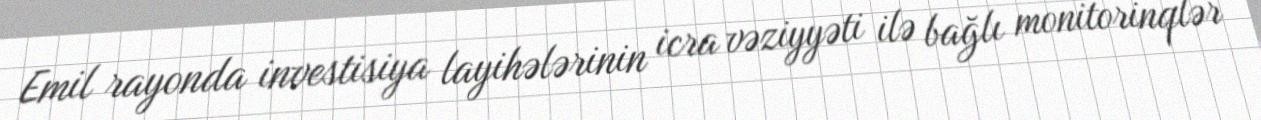
Emil rayonda investisiya layihələrinin icra vəziyyəti ilə bağlı monitorinqlər